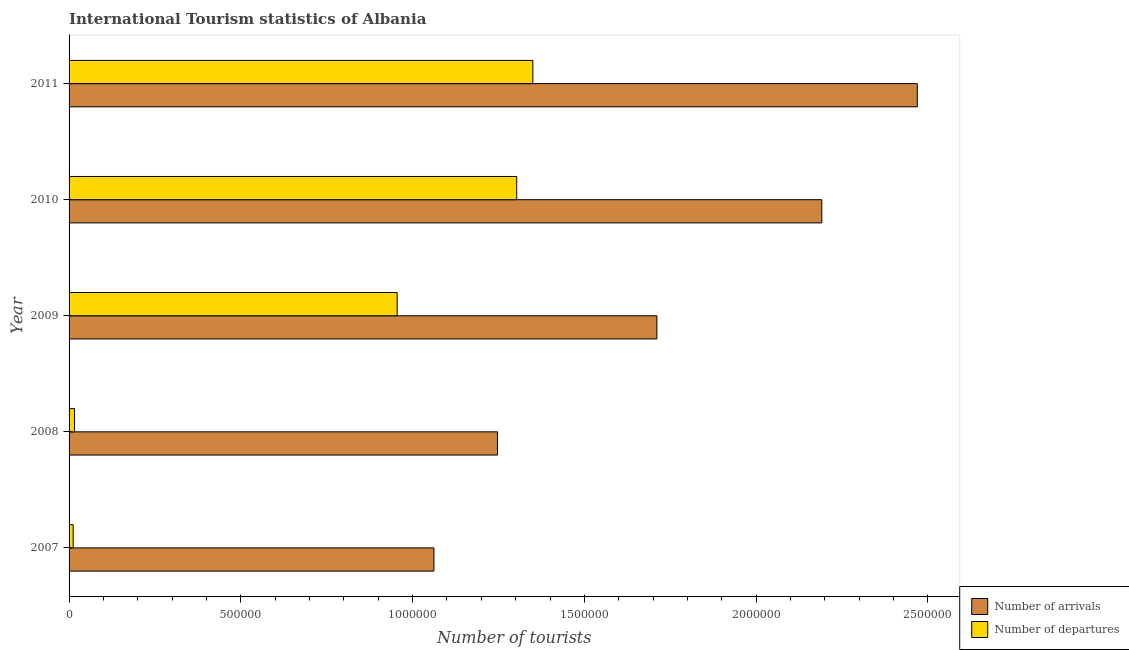
| Year | Number of arrivals | Number of departures |
 | --- | --- | --- |
 | 2007 | 1.06e+06 | 1.2e+04 |
 | 2008 | 1.25e+06 | 1.6e+04 |
 | 2009 | 1.71e+06 | 9.55e+05 |
 | 2010 | 2.19e+06 | 1.3e+06 |
 | 2011 | 2.47e+06 | 1.35e+06 |